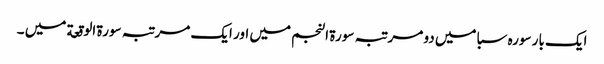
ایک بار سورہ سبا میں دو مر تبہ سورة النجم میں اور ایک مرتبہ سورة الوقعة میں ۔